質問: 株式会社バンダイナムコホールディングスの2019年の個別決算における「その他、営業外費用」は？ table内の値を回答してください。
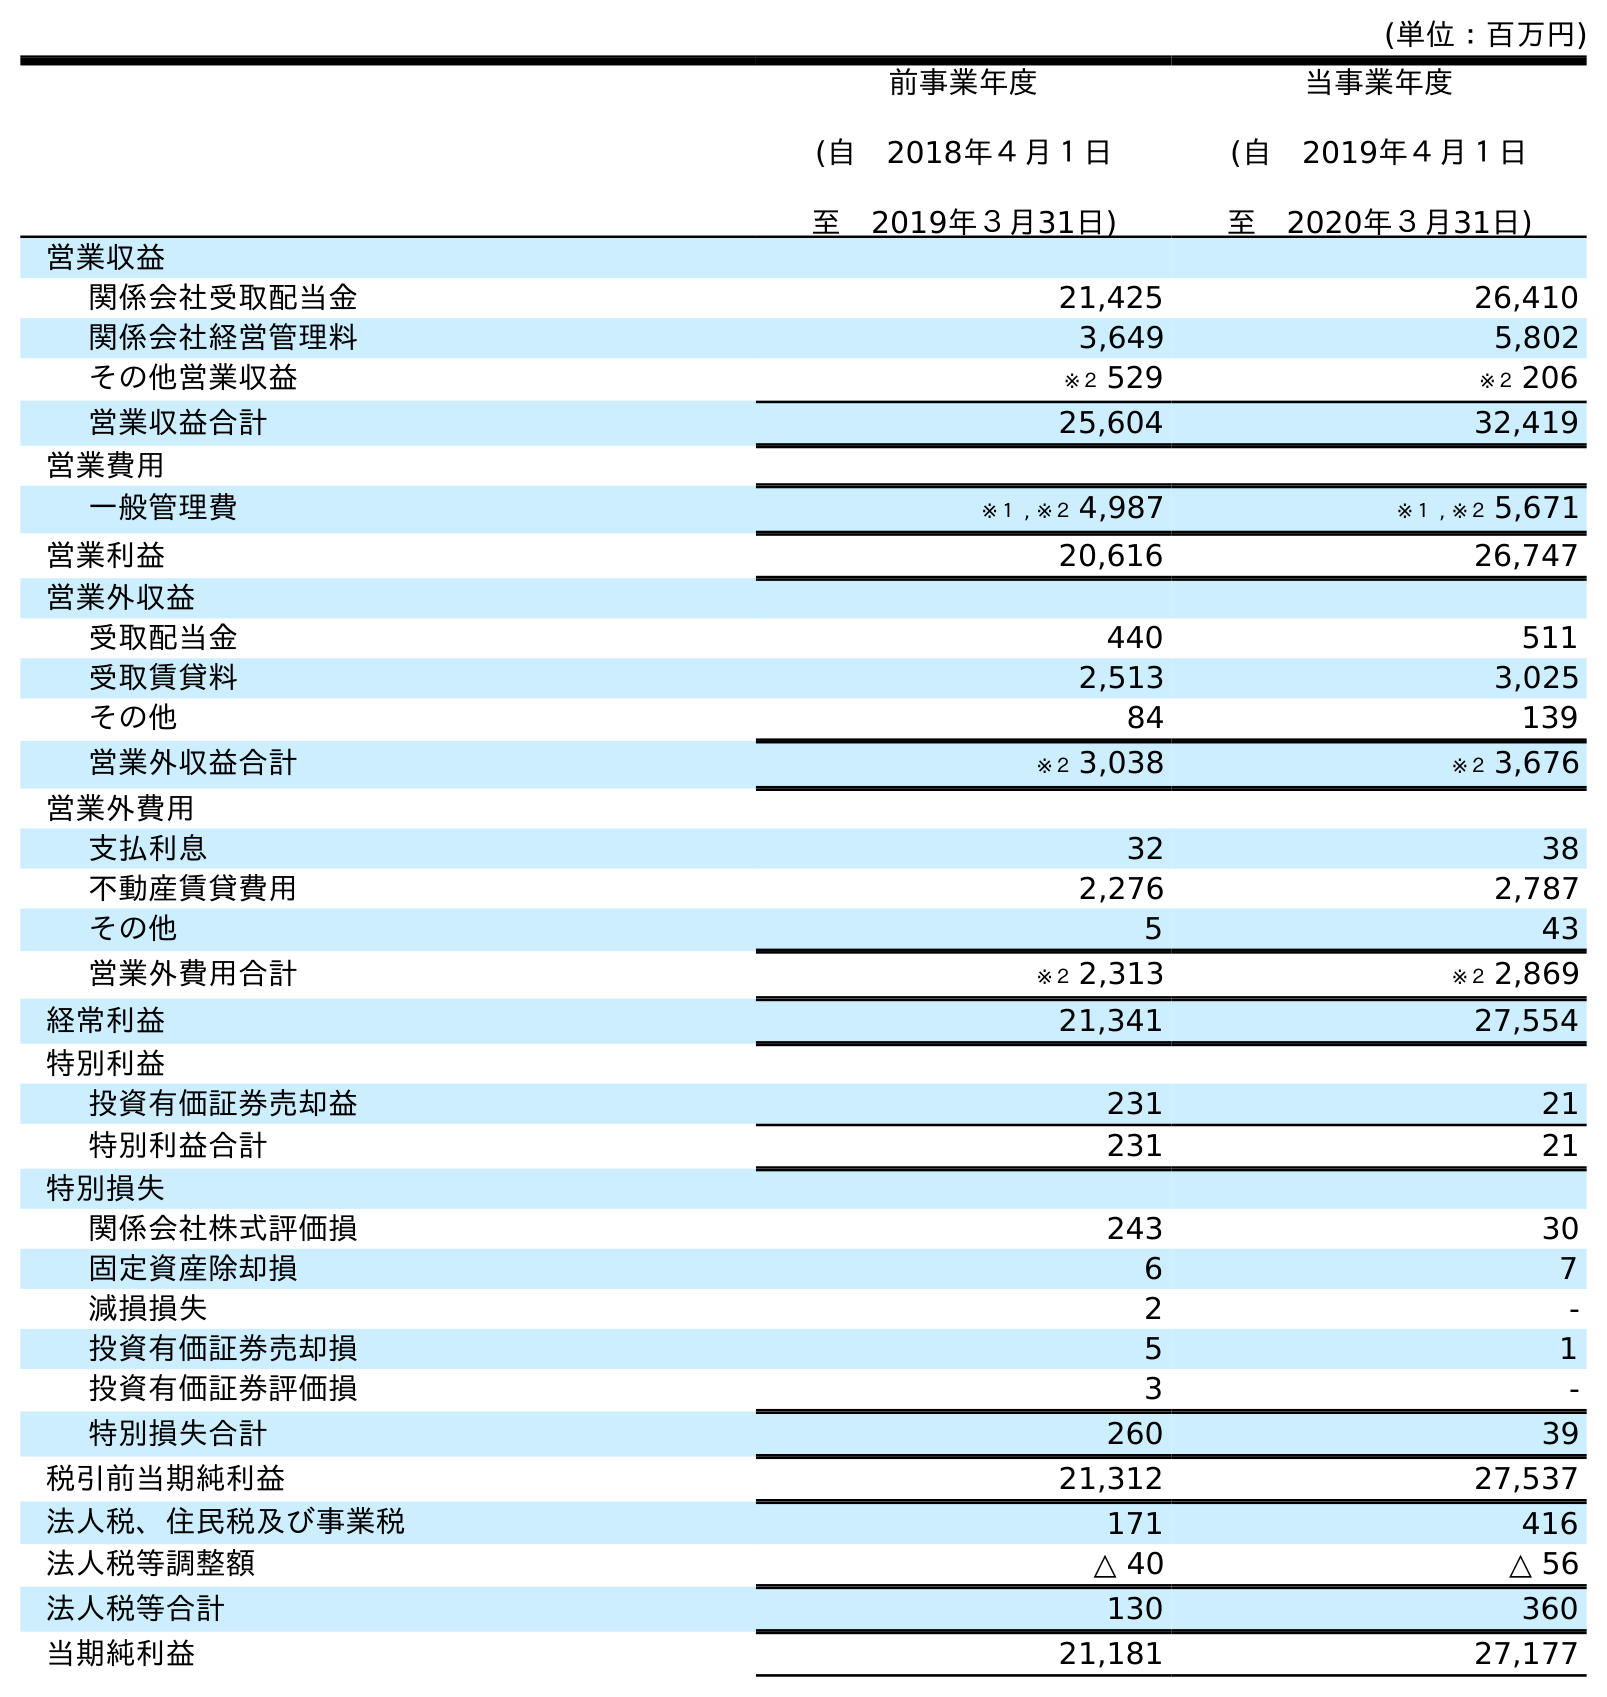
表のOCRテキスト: (単位：百万円) 前事業年度 (自 2018年４月１日 至 2019年３月31日) 当事業年度 (自 2019年４月１日 至 2020年３月31日) 営業収益 関係会社受取配当金 21,425 26,410 関係会社経営管理料 3,649 5,802 その他営業収益 ※２ 529 ※２ 206 営業収益合計 25,604 32,419 営業費用 一般管理費 ※１ , ※２ 4,987 ※１ , ※２ 5,671 営業利益 20,616 26,747 営業外収益 受取配当金 440 511 受取賃貸料 2,513 3,025 その他 84 139 営業外収益合計 ※２ 3,038 ※２ 3,676 営業外費用 支払利息 32 38 不動産賃貸費用 2,276 2,787 その他 5 43 営業外費用合計 ※２ 2,313 ※２ 2,869 経常利益 21,341 27,554 特別利益 投資有価証券売却益 231 21 特別利益合計 231 21 特別損失 関係会社株式評価損 243 30 固定資産除却損 6 7 減損損失 2 - 投資有価証券売却損 5 1 投資有価証券評価損 3 - 特別損失合計 260 39 税引前当期純利益 21,312 27,537 法人税、住民税及び事業税 171 416 法人税等調整額 △ 40 △ 56 法人税等合計 130 360 当期純利益 21,181 27,177
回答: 5